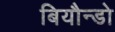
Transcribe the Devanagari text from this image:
बियौन्डो